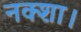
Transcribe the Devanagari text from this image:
नक्शा।